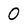
Character: 0